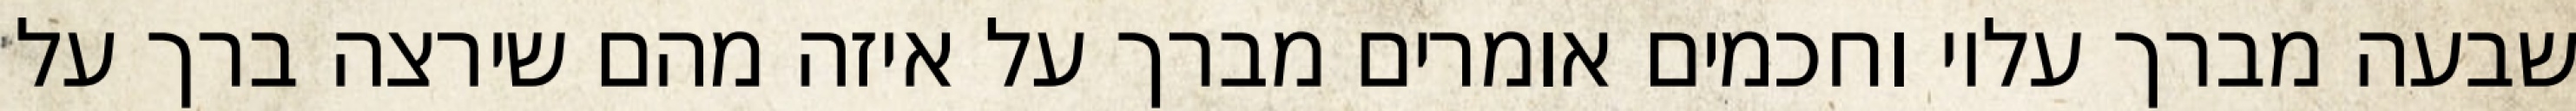
שבעה מברך עליו וחכמים אומרים מברך על איזה מהם שירצה ברך על